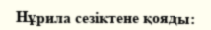
Нұрила сезіктене қояды: